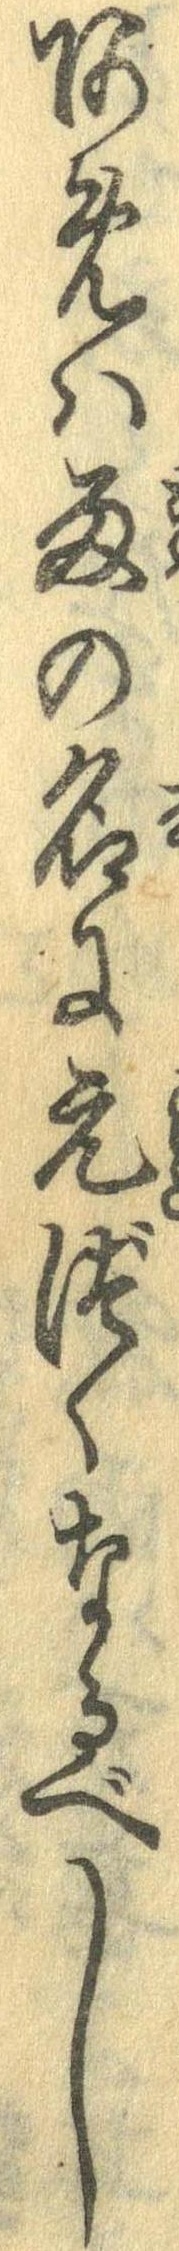
あめは雨の名に元づくなるべし